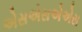
એસએસએએસ